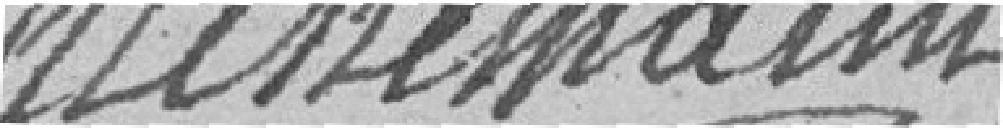
HACKERMANN?